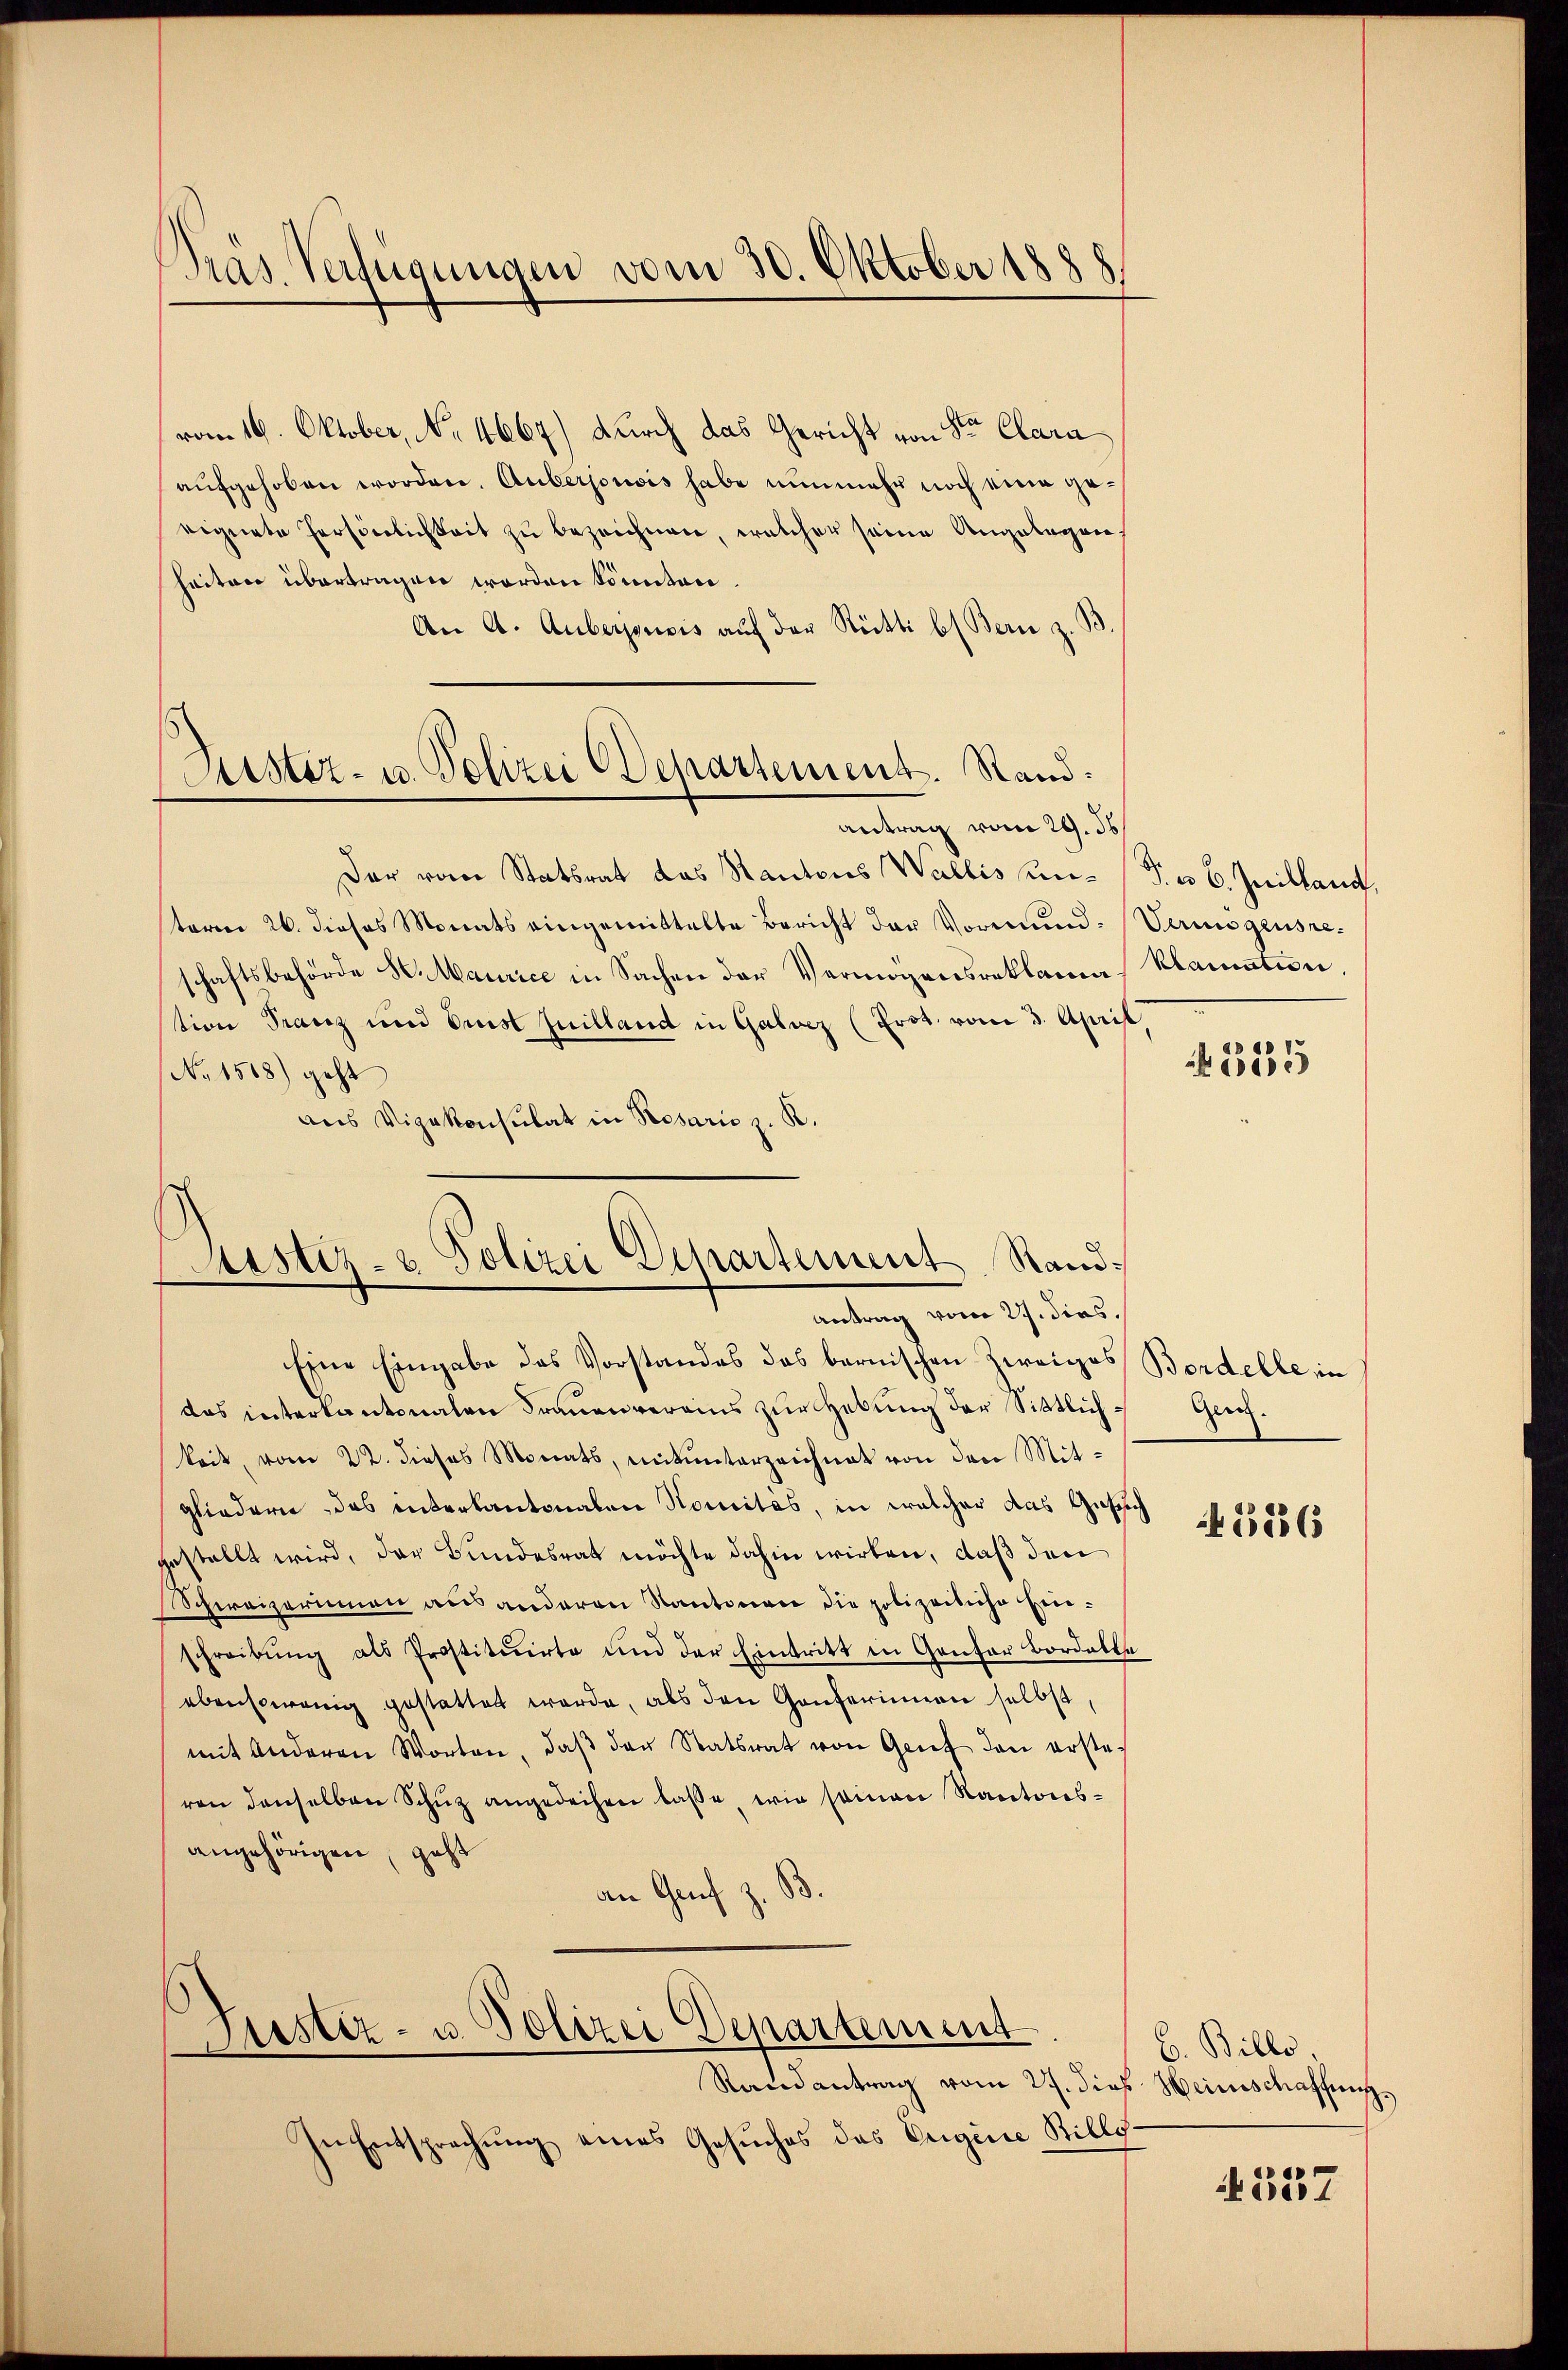
Pras Verfügungen vom 30. Oktober 1888

vom 19. Oktober, No. 4667) durch das Gericht von Ster Clara
aufgehoben worden. Auberjousis habe nunmehr noch eine geeignete Persönlichkeit zu bezeichnen, welcher seine Angelegen,
heiten übertragen worden könnten.
An A. Aubergensis auf der Rütti b Bern z. S

Justiz- u. Polizei Departement. Stand.
antrag vom 29. ds

Ristiz- & Polizei Departement Stand¬
Antrag vom 21. dies.

Der vom Statsrat das Rantons Wallis unterm 26. dieses Monats eingemittelte Bericht der Vormundhaftsbehörde K. Maurice in Sachen der Vermögensreklama
stion Franz und Erst Juilland in Galver (Prot. vom 3. April
No 1588) geht
aus Vizekonsulat in Resarie z. R.
Eine Eingabe des Vorstandes das bernischen Zweiges
das interkantonalen Trauenverains zur Hebung der Sittlichkeit, vom 22. dieses Monats, mitunterzeichnet von den Mit-
gliedern, das interkantonalen Nomites, in welcher das Gasse
gestellt wird, der Bundesrat möchte dahin wirken, daß den
Schweizerinnen aus anderen Kantonen die polizeiliche Heischreibŭng als Prostituirte und der Eintritt in Gentor Bordall
ebensowenig gestattet werde, als den Genferinnen selbst,
mit anderen Worten, daβ der Statsrat von Genf den erste-
ren denselben Schŭz angedeihen lasse, wie seinen Kantons-
angehörigen, geht
an Genf z. B.

Justiz- u. Polizei Departement
Randantrag vom 27. dies Heinschaffung,

In Entsprechung eines Gesuches des Origine Stilli¬

J. u 6. Zeilland,
Perungensre
klamation,

.

535

Bordelle, in
Ger.

1856

B. Bille.

357